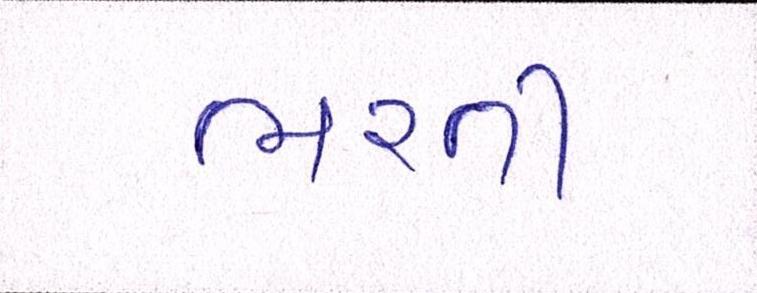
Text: ભરતી